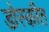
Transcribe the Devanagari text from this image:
डोस्कीत